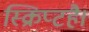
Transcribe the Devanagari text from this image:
स्क्रिप्टहै।